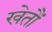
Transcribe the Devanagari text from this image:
खेतौं